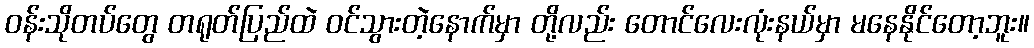
ဝန်းသိုတပ်တွေ တရုတ်ပြည်ထဲ ဝင်သွားတဲ့နောက်မှာ တို့လည်း တောင်လေးလုံးနယ်မှာ မနေနိုင်တော့ဘူး။